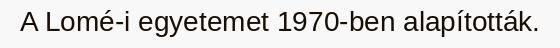
A Lomé-i egyetemet 1970-ben alapították.